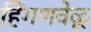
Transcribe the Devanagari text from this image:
हिंगणवेळू